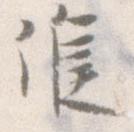
候